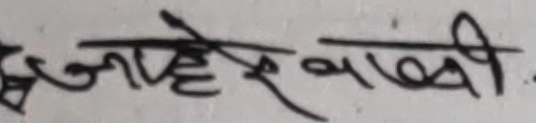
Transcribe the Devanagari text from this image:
हजारी बाफी .